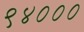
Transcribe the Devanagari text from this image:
९४०००